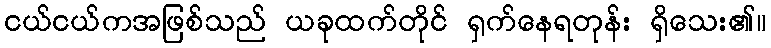
ငယ်ငယ်ကအဖြစ်သည် ယခုထက်တိုင် ရှက်နေရတုန်း ရှိသေး၏။